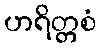
ဟရိတ္တစံ